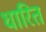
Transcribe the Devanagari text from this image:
धारितं